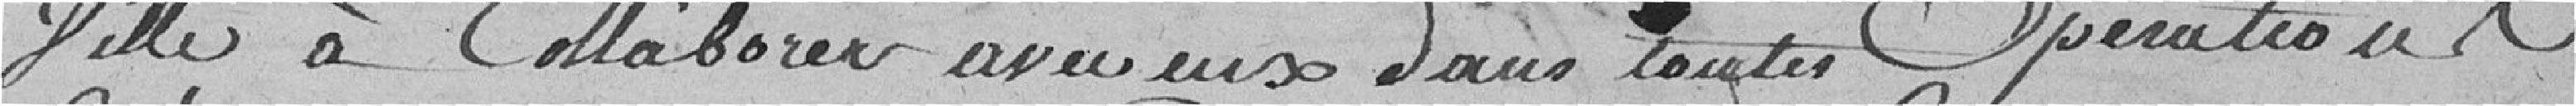
Ville à collaborer avec eux dans toutes opérations